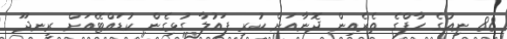
88 ނިއުގެ ހާފްގެ ތެރެއިން ދޮނާއަށް ކުރި ފައުލާ ގުޅިގެން ކުޑައްޓޭއަށް ރީނދޫ